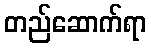
တည်ဆောက်ရာ